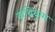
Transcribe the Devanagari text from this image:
कवियुग्म